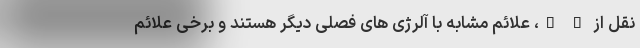
نقل از " "، علائم مشابه با آلرژی های فصلی دیگر هستند و برخی علائم